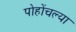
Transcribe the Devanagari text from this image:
पोहोंचल्या